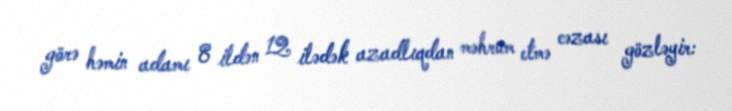
görə həmin adamı 8 ildən 12 ilədək azadlıqdan məhrum etmə cəzası gözləyir: